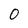
Character: 0